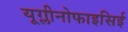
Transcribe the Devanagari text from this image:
यूग्लीनोफाइसिई